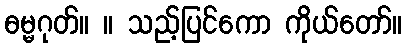
ဓမ္မဂုတ်။ ။ သည့်ပြင်ကော ကိုယ်တော်။